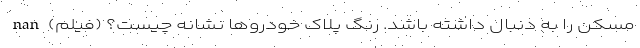
مسکن را به دنبال داشته باشد. رنگ پلاک خودروها نشانه چیست؟ (فیلم) nan